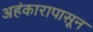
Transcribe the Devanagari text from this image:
अहंकारापासून